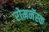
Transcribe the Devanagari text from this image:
रोमनॅस्क